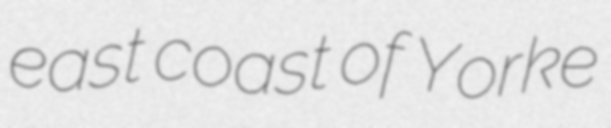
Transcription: east coast of Yorke